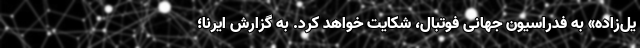
یل‌زاده» به فدراسیون جهانی فوتبال، شکایت خواهد کرد. به گزارش ایرنا؛